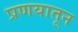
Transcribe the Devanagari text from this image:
प्रणयातून